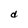
Character: d